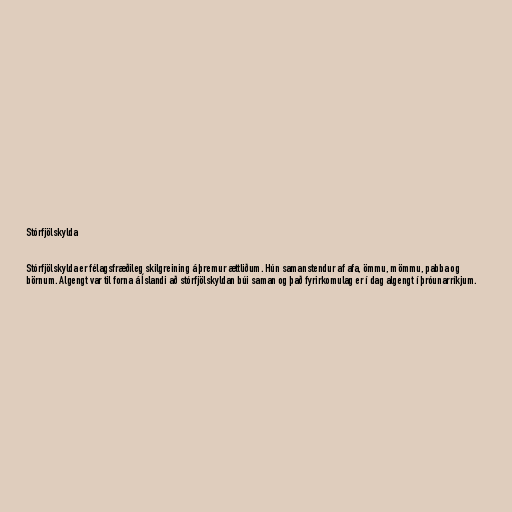
Stórfjölskylda

Stórfjölskylda er félagsfræðileg skilgreining á þremur ættliðum. Hún samanstendur af afa, ömmu, mömmu, pabba og
börnum. Algengt var til forna á Íslandi að stórfjölskyldan búi saman og það fyrirkomulag er í dag algengt í þróunarríkjum.